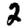
Digit: 2